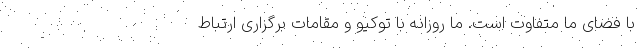
با فضای ما متفاوت است. ما روزانه با توکیو و مقامات برگزاری ارتباط